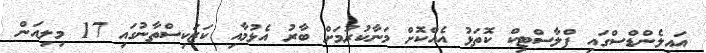
އައިލެންޑްސްގައި ޕްލާސްޓިކް ކޮތަޅު އެއްކޮށް މަނާކުރުމަށް ބާރު އެޅުމާއި ކަޒަކިސްތާނުގައި 17 މިލިއަން